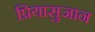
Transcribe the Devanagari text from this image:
प्रियासुजान